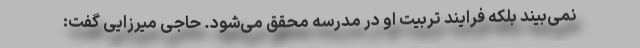
نمی‌بیند بلکه فرایند تربیت او در مدرسه محقق می‌شود. حاجی میرزایی گفت: